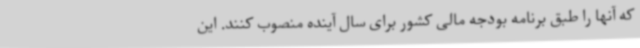
که آنها را طبق برنامه بودجه مالی کشور برای سال آینده منصوب کنند. این